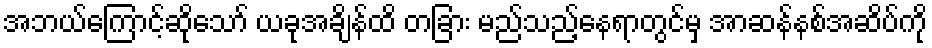
အဘယ်ကြောင့်ဆိုသော် ယခုအချိန်ထိ တခြား မည်သည့်နေရာတွင်မှ အာဆန်နစ်အဆိပ်ကို